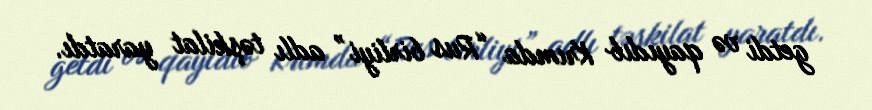
getdi və qayıdıb Krımda “Rus birliyi” adlı təşkilat yaratdı.